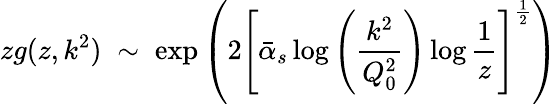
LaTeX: zg(z,k^{2})\; \sim\; \exp\left(2\left[\bar{\alpha}_{s}\log\left(\frac{k^{2}}{Q_{0}^{2}}\right)\log\frac{1}{z}\right]^{\frac{1}{2}}\right)